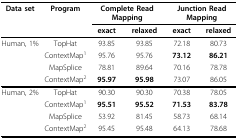
<table><thead><tr><td><b>Data set</b></td><td><b>Program</b></td><td colspan="2"><b>Complete Read Mapping</b></td><td colspan="2"><b>Junction Read Mapping</b></td></tr><tr><td></td><td></td><td><b>exact</b></td><td><b>relaxed</b></td><td><b>exact</b></td><td><b>relaxed</b></td></tr></thead><tbody><tr><td>Human, 1%</td><td>TopHat</td><td>93.85</td><td>93.85</td><td>72.18</td><td>80.73</td></tr><tr><td></td><td>ContextMap<sup>1</sup></td><td>95.76</td><td>95.76</td><td><b>73.12</b></td><td><b>86.21</b></td></tr><tr><td></td><td>MapSplice</td><td>78.81</td><td>89.64</td><td>70.16</td><td>78.78</td></tr><tr><td></td><td>ContextMap<sup>2</sup></td><td><b>95.97</b></td><td><b>95.98</b></td><td>73.07</td><td>86.05</td></tr><tr><td>Human, 2%</td><td>TopHat</td><td>90.30</td><td>90.30</td><td>70.38</td><td>78.05</td></tr><tr><td></td><td>ContextMap<sup>1</sup></td><td><b>95.51</b></td><td><b>95.52</b></td><td><b>71.53</b></td><td><b>83.78</b></td></tr><tr><td></td><td>MapSplice</td><td>53.92</td><td>81.45</td><td>58.73</td><td>68.14</td></tr><tr><td></td><td>ContextMap<sup>2</sup></td><td>95.45</td><td>95.48</td><td>64.13</td><td>78.68</td></tr></tbody></table>